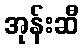
အုန်းဆီ